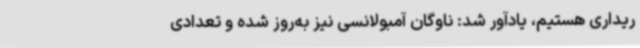
ریداری هستیم، یادآور شد: ناوگان آمبولانسی نیز به‌روز شده و تعدادی